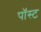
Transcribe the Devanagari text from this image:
पॉस्ट